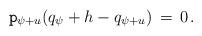
LaTeX: \begin{align*} \mathtt{p}_{\psi+u}(q_\psi+h-q_{\psi+u})\, =\, 0\, .\end{align*}